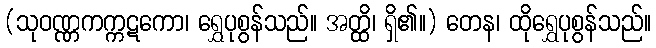
(သုဝဏ္ဏကက္ကဋကော၊ ရွှေပုစွန်သည်။ အတ္ထိ၊ ရှိ၏။) တေန၊ ထိုရွှေပုစွန်သည်။